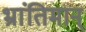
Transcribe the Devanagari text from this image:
भ्रांतिमान्